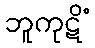
ဘူကုဋိံ